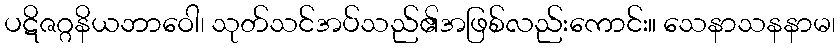
ပဋိဇဂ္ဂနိယဘာဝေါ၊ သုတ်သင်အပ်သည်၏အဖြစ်လည်းကောင်း။ သေနာသနနာမ၊